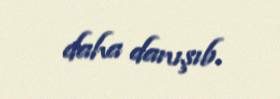
daha danışıb.